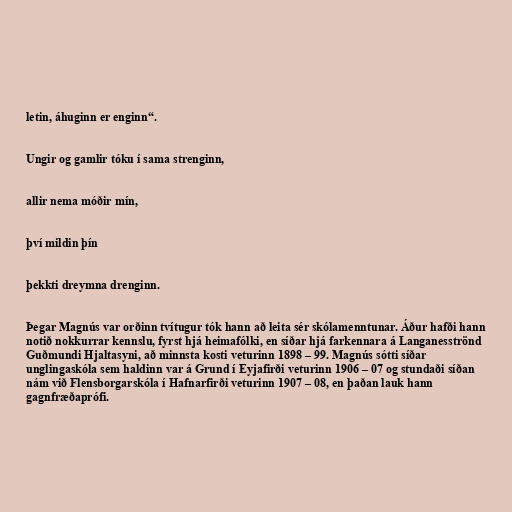
letin, áhuginn er enginn“.

Ungir og gamlir tóku í sama strenginn,

allir nema móðir mín,

því mildin þín

þekkti dreymna drenginn.

Þegar Magnús var orðinn tvítugur tók hann að leita sér skólamenntunar. Áður hafði hann
notið nokkurrar kennslu, fyrst hjá heimafólki, en síðar hjá farkennara á Langanesströnd
Guðmundi Hjaltasyni, að minnsta kosti veturinn 1898 – 99. Magnús sótti síðar
unglingaskóla sem haldinn var á Grund í Eyjafirði veturinn 1906 – 07 og stundaði síðan
nám við Flensborgarskóla í Hafnarfirði veturinn 1907 – 08, en þaðan lauk hann
gagnfræðaprófi.